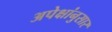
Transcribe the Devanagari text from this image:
अपेक्षांनुसार